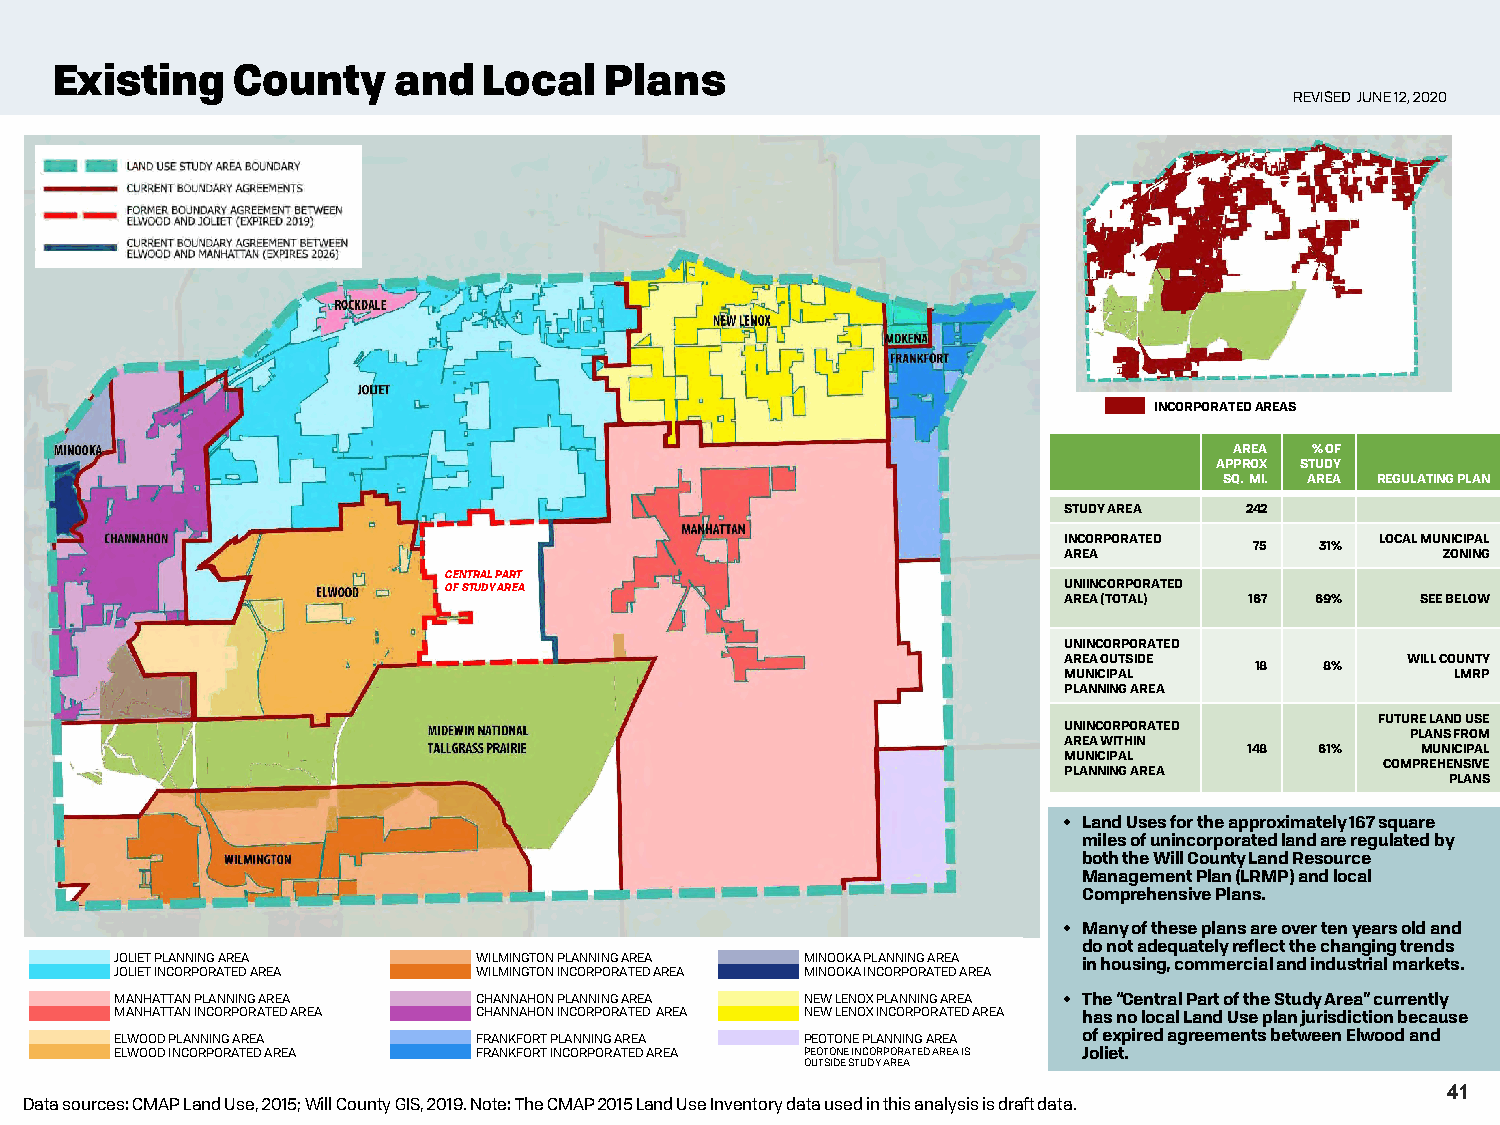
Existing     County    and   Local   Plans
 REVISED JUNE 12, 2020
 INCORPORATED AREAS
 AREA % OF
 APPROX STUDY
 SQ. MI. AREA REGULATING PLAN
 STUDY AREA  242
 INCORPORATED         LOCAL MUNICIPAL
 75  31%
 AREA                      ZONING
 CENTRAL PART
 OF STUDY AREA                            UNIINCORPORATED
 AREA (TOTAL) 167 69%    SEE BELOW
 UNINCORPORATED
 AREA OUTSIDE           WILL COUNTY
 18   8%
 MUNICIPAL                 LMRP
 PLANNING AREA
 FUTURE LAND USE
 UNINCORPORATED
 PLANS FROM
 AREA WITHIN
 148 61%    MUNICIPAL
 MUNICIPAL
 COMPREHENSIVE
 PLANNING AREA
 PLANS
 • Land Uses for the approximately 167 square
 miles of unincorporated land are regulated by
 both the Will County Land Resource
 Management Plan (LRMP) and local
 Comprehensive Plans.
 • Many of these plans are over ten years old and
 do not adequately reflect the changing trends
 JOLIET PLANNING AREA    WILMINGTON PLANNING AREA MINOOKA PLANNING AREA in housing, commercial and industrial markets.
 JOLIET INCORPORATED AREA WILMINGTON INCORPORATED AREA MINOOKA INCORPORATED AREA
 MANHATTAN PLANNING AREA CHANNAHON PLANNING AREA NEW LENOX PLANNING AREA • The “Central Part of the Study Area” currently
 MANHATTAN INCORPORATED AREA CHANNAHON INCORPORATED AREA NEW LENOX INCORPORATED AREA has no local Land Use plan jurisdiction because
 ELWOOD PLANNING AREA    FRANKFORT PLANNING AREA PEOTONE PLANNING AREA of expired agreements between Elwood and
 ELWOOD INCORPORATED AREA FRANKFORT INCORPORATED AREA PEOTONE INCORPORATED AREA IS Joliet.
 OUTSIDE STUDYAREA
 41
 Data sources: CMAP Land Use, 2015; Will County GIS, 2019.Note: The CMAP 2015 Land Use Inventory data used in this analysis is draft data.